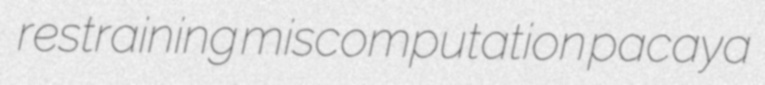
restraining miscomputation pacaya